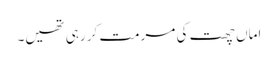
اماں چھت کی مرمت کر رہی تھیں۔